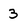
Character: 3